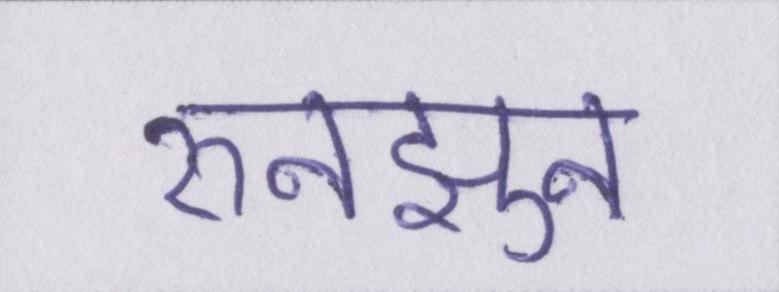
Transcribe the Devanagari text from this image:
रुनझुन